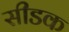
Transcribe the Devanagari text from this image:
सीडक